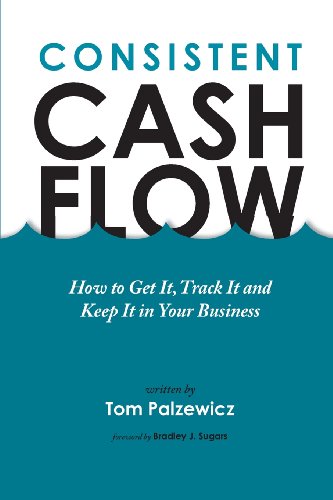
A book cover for Consistent Cash Flow; Tom Palzewicz; Business & Money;